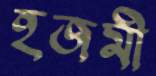
হজমী